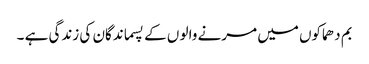
بم دھماکوں میں مرنے والو ں کے پسماندگان کی زندگی ہے ۔